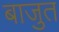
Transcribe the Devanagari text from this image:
बाजुत